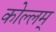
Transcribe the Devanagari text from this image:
कोल्लम्‌